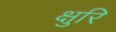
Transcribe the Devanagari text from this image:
क्षुरि